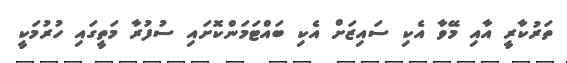
ތަރުކާރީ އާއި މޭވާ އެކި ސައިޒަށް އެކި ބައްޓަމަންކޮށައި ސުފުރާ މަތީގައި ހުރުމަކީ